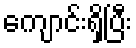
ကျောင်းရှိပြီး